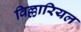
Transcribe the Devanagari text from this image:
विल्लारियल